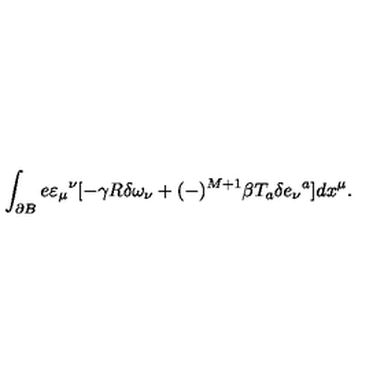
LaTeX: \int _ { \partial B } e \varepsilon _ { \mu } { } ^ { \nu } [ - \gamma R \delta \omega _ { \nu } + ( - ) ^ { M + 1 } \beta T _ { a } \delta e _ { \nu } { } ^ { a } ] d x ^ { \mu } .